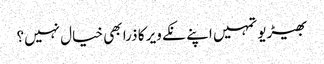
بھیڑیو تمہیں اپنے نکے ویر کا ذرا بھی خیال نہیں؟